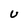
Character: U